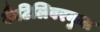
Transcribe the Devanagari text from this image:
कैंटिलिवरनुमा